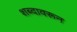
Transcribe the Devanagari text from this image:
शब्‍दावरून